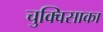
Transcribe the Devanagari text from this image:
चुक्विसाका